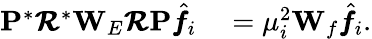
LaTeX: \begin{array}{rl}{\mathbf{P}^{*}\pmb{\mathcal{R}}^{*}\mathbf{W}_{E}\pmb{\mathcal{R}}\mathbf{P}\hat{\pmb f_{i}}}&{{}=\mu_{i}^{2}\mathbf{W}_{f}\hat{\pmb f_{i}}.}\end{array}